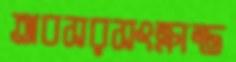
অবসরসংক্রান্ত